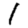
Digit: 1